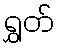
ရွှတ်